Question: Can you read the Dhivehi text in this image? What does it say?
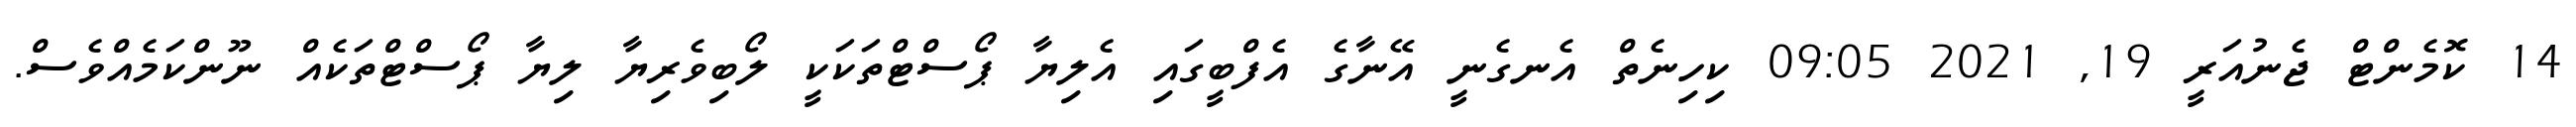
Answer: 14 ކޮމެންޓް ޖެނުއަރީ 19, 2021 09:05 ކިހިނެތް އެނގެނީ އޭނާގެ އެފްބީގައި އެލިޔާ ޕޯސްޓްތަކަކީ ލޯބިވެރިޔާ ލިޔާ ޕޯސްޓްތަކެއް ނޫންކަމެއްވެސް.